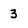
Character: 3